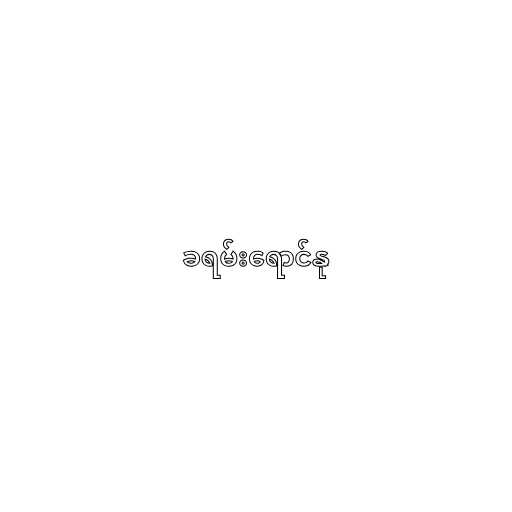
ခရမ်းရောင်နု